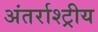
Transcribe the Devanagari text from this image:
अंतर्राश्ट्रीय